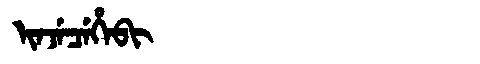
Manchu: ᡳᠨᠵᡝᠴᡝᡥᡝᠪᡳ
Romanization: INJECEHEBI